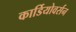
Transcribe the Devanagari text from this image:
कार्डियोवर्सन